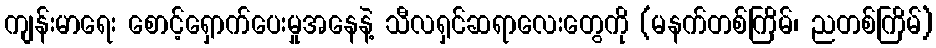
ကျန်းမာရေး စောင့်ရှောက်ပေးမှုအနေနဲ့ သီလရှင်ဆရာလေးတွေကို (မနက်တစ်ကြိမ်၊ ညတစ်ကြိမ်)